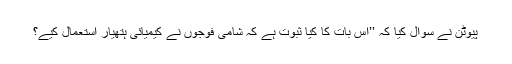
پیوٹن نے سوال کیا کہ ’’اِس بات کا کیا ثبوت ہے کہ شامی فوجوں نے کیمیائی ہتھیار استعمال کیے؟